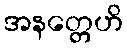
အနတ္တေဟိ